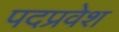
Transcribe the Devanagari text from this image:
पदप्रवेश